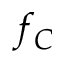
f _ { C }